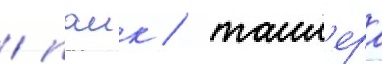
/ паик / таил'ера